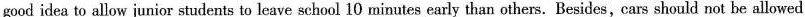
good idea to allow junior students to leave school 10 minutes early than others. Besides,cars should not be allowed